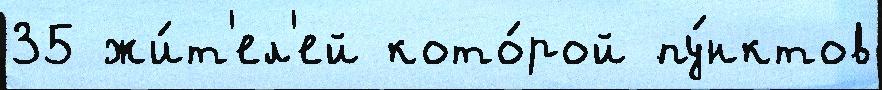
35 жи́т'ел'ей кото́рой пу́нктов